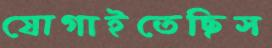
যোগাইতেছিস